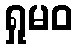
ရှုမဝ